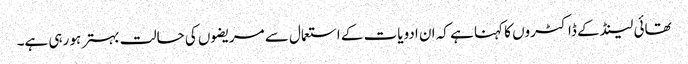
تھائی لینڈ کے ڈاکٹروں کا کہنا ہے کہ ان ادویات کے استعمال سے مریضوں کی حالت بہتر ہو رہی ہے۔